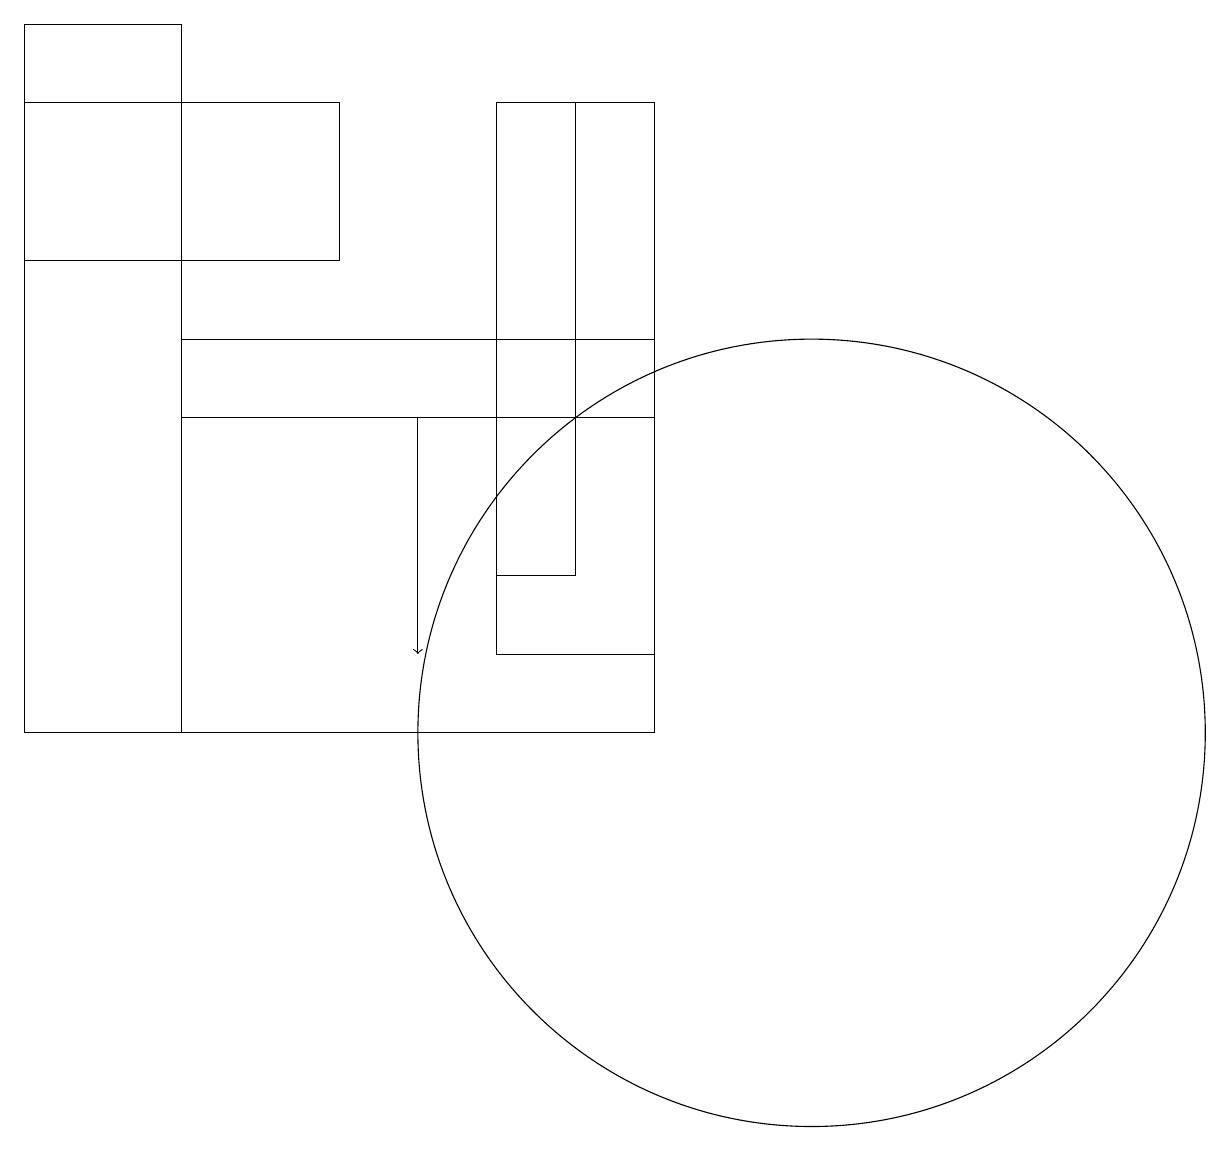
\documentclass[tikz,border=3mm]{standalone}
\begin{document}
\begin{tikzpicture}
\draw (10,10) circle (5);
\draw (6,18) rectangle (8,11);
\draw[->] (5,14) -- (5,11);
\draw (8,10) rectangle (2,15);
\draw (2,19) rectangle (0,10);
\draw (4,18) rectangle (0,16);
\draw (7,18) rectangle (6,12);
\draw (8,14) rectangle (2,14);
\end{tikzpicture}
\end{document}